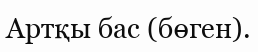
Артқы бас (бөген).